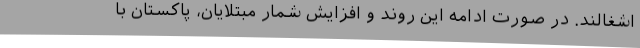
اشغالند. در صورت ادامه این روند و افزایش شمار مبتلایان، پاکستان با